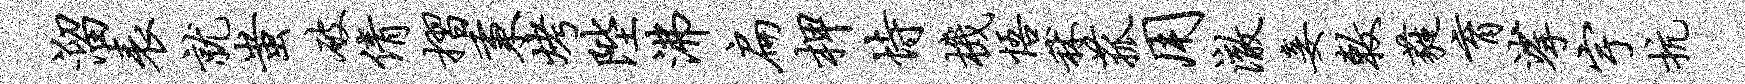
溜表就蚩破倩摺秉烤陛沸扁柙恃机悟秫菰用澈妾敕蕤育挲宇抗